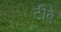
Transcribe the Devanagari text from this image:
टीबे